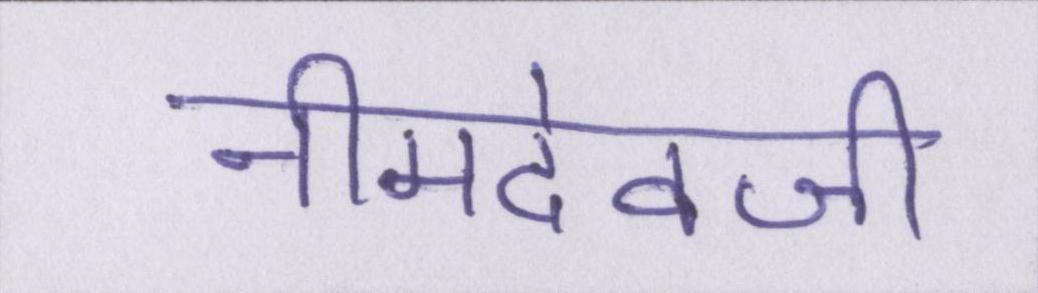
नीमदेवजी